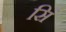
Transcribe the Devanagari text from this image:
सिं